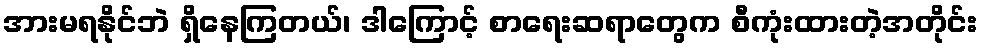
အားမရနိုင်ဘဲ ရှိနေကြတယ်၊ ဒါကြောင့် စာရေးဆရာတွေက စီကုံးထားတဲ့အတိုင်း